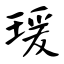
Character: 瑗